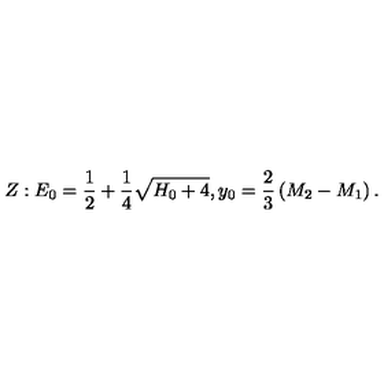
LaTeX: Z : E _ { 0 } = { \frac { 1 } { 2 } } + { \frac { 1 } { 4 } } \sqrt { H _ { 0 } + 4 } , y _ { 0 } = { \frac { 2 } { 3 } } \left( M _ { 2 } - M _ { 1 } \right) .